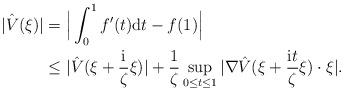
LaTeX: \begin{align*}|\hat{V} (\xi)| &= \Big| \int_0^1 f^\prime(t){\rm d}t - f(1)\Big|\\&\leq |\hat{V}(\xi + \frac{\rm i}{\zeta}\xi)| + \frac{1}{\zeta} \sup_{0\leq t\leq 1} |\nabla \hat{V}(\xi + \frac{{\rm i }t}{\zeta}\xi)\cdot\xi|.\end{align*}